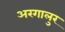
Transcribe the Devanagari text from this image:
अरगालुर